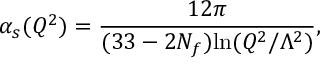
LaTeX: \alpha _ { s } ( Q ^ { 2 } ) = \frac { 1 2 \pi } { ( 3 3 - 2 N _ { f } ) \mathrm { l n } ( Q ^ { 2 } / \Lambda ^ { 2 } ) } ,